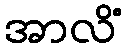
အာလိံ